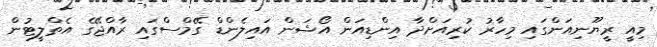
މިއީ ރީޔޫނިއަންގައި މިހާރު ކުރިއަށްދާ އިންޑިއަން އޯޝަން އައިލެންޑް ގޭމްސްގައި ރާއްޖޭގެ އެތްލީޓުން